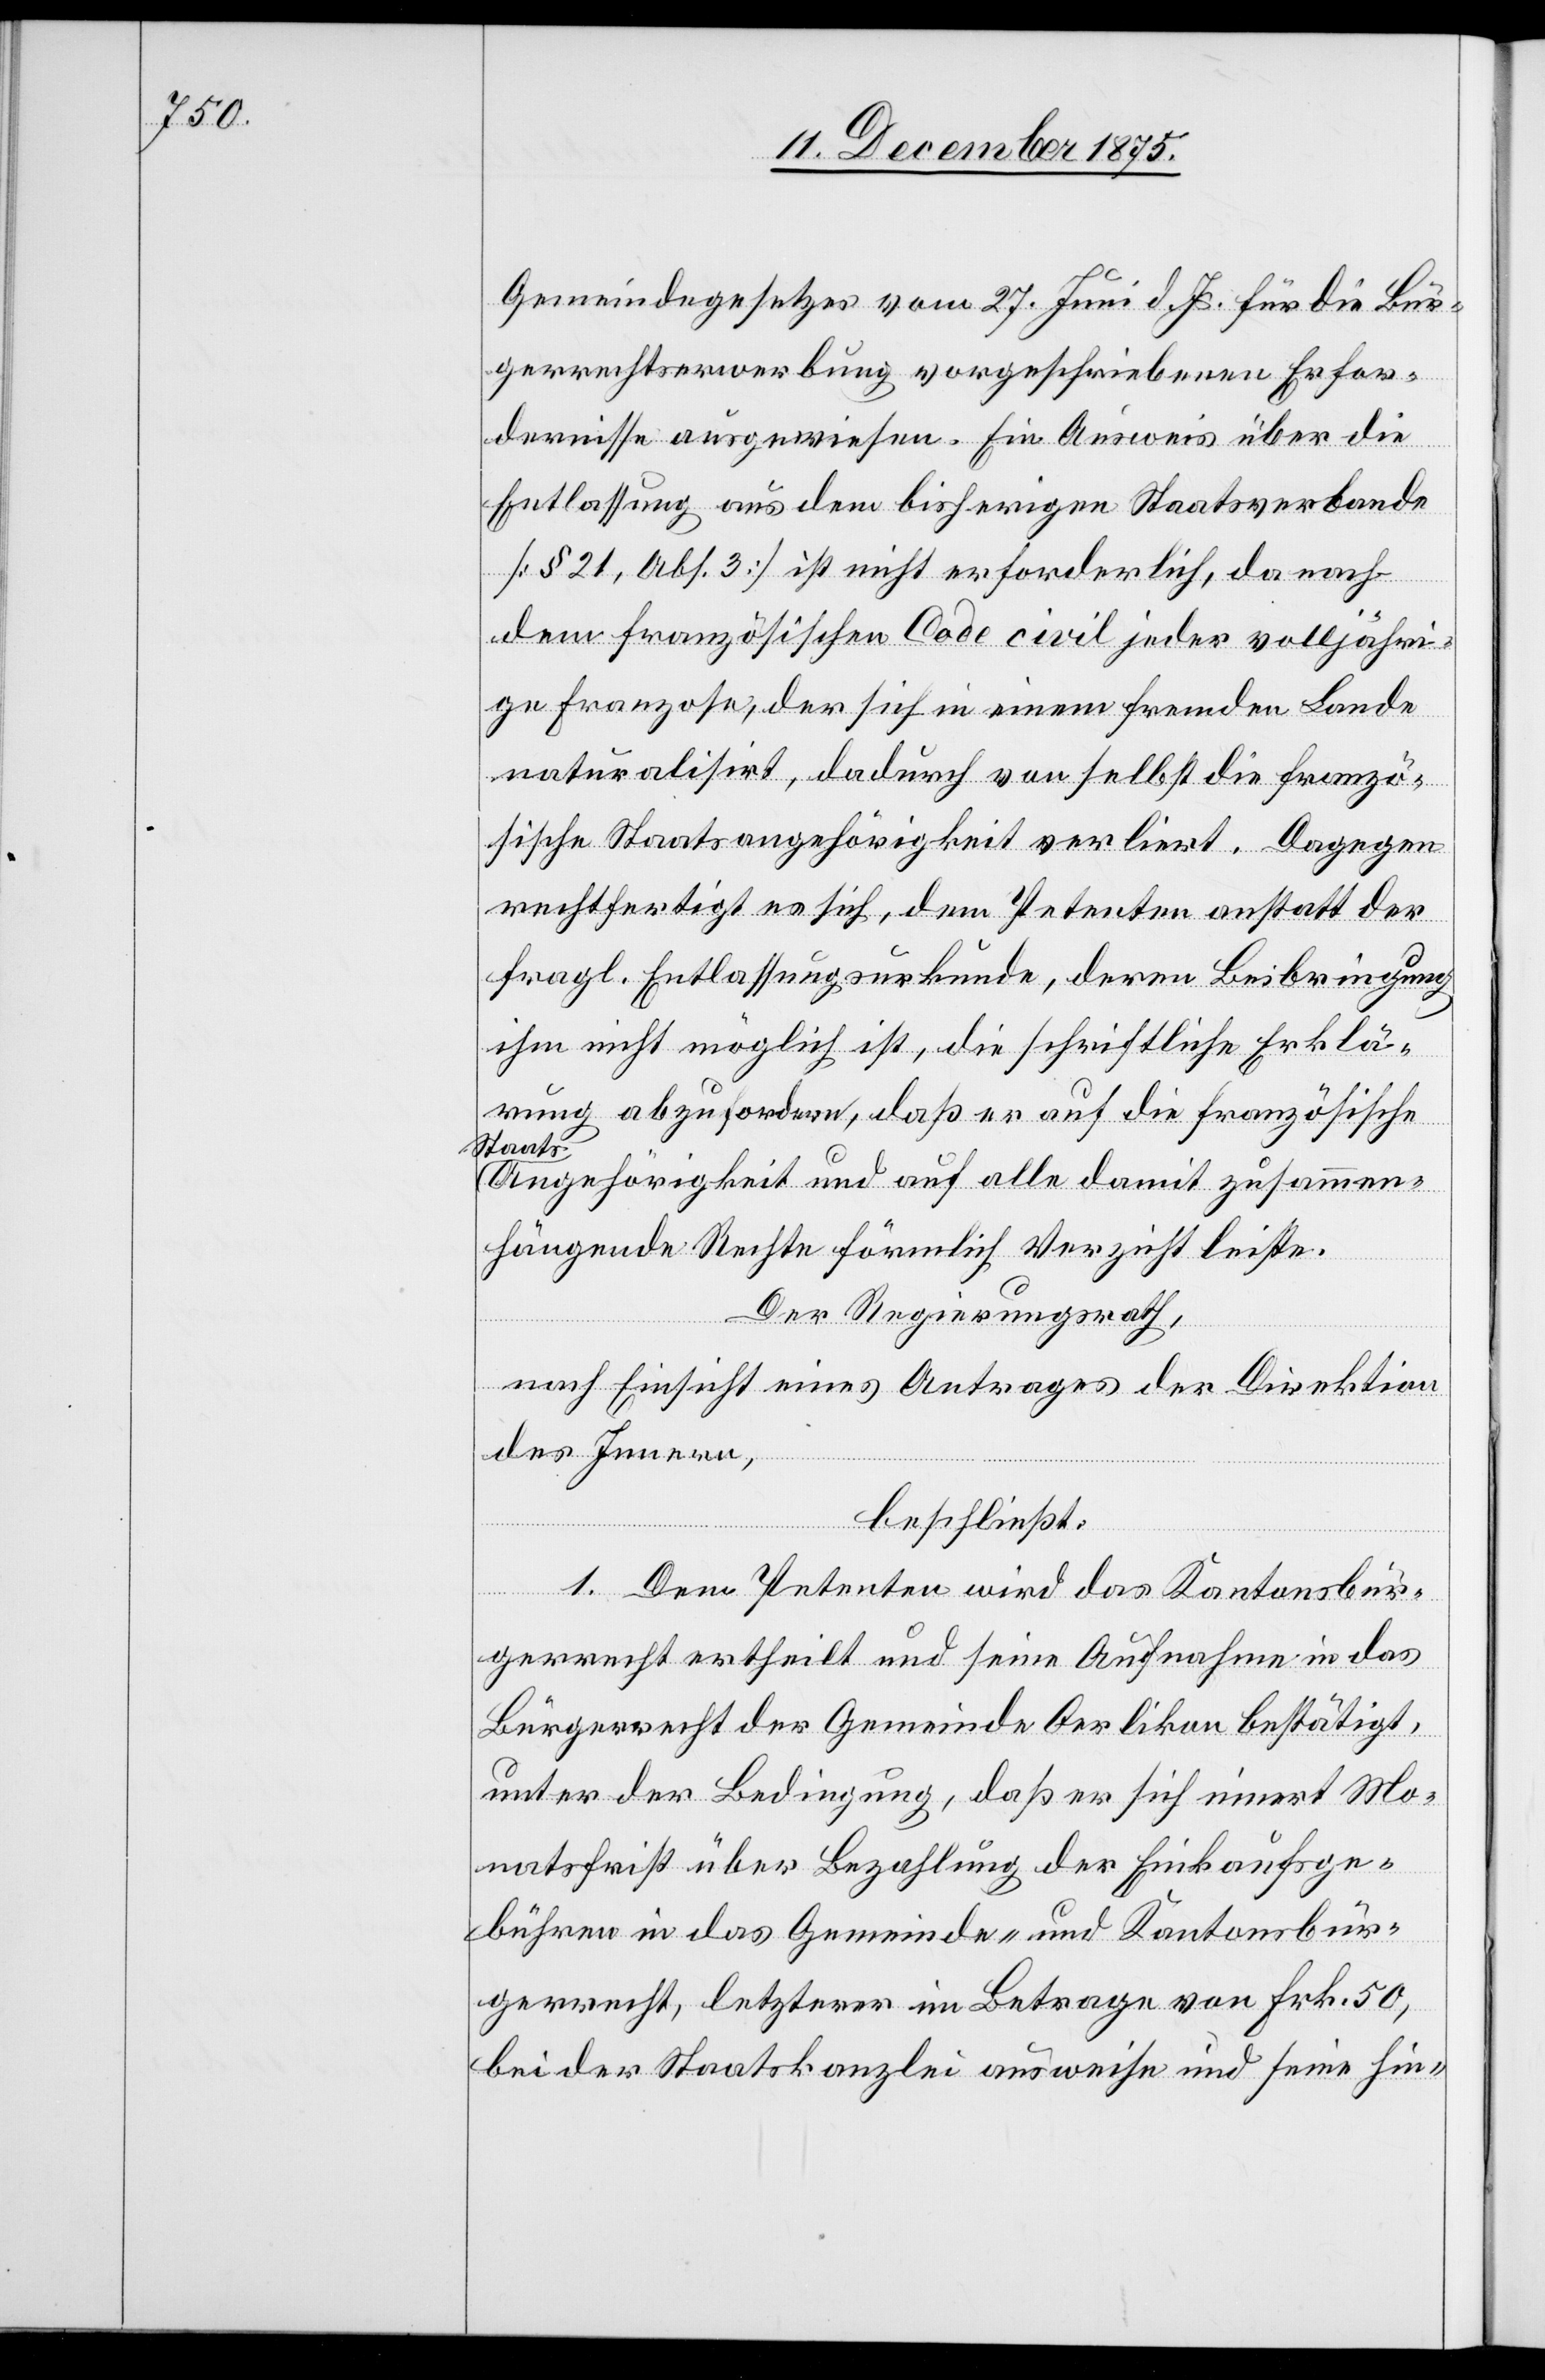
Gemeindegesetzes vom 27. Juni d. Js. für die Bür¬
gerrechtserwerbung vorgeschriebenen Erfor¬
dernisse ausgewiesen. Ein Ausweis über die
Entlassung aus dem bisherigen Staatsverbande
[§ 21, Abs. 3] ist nicht erforderlich, da nach
dem französischen Code civil jeder volljähri¬
ge Franzose, der sich in einem fremden Lande
naturalisirt, dadurch von selbst die franzö¬
sische Staatsangehörigkeit verliert. Dagegen
rechtfertigt es sich, dem Petenten anstatt der
fragl. Entlassungsurkunde, deren Beibringung
ihm nicht möglich ist, die schriftliche Erklä¬
rung abzufordern, daß er auf die französische
Staats¬
angehörigkeit und auf alle damit zusammen¬
hängenden Rechte förmlich Verzicht leiste.
Der Regierungsrath,
nach Einsicht eines Antrages der Direktion
des Innern,
beschließt:
1. Dem Petenten wird das Kantonsbür¬
gerrecht ertheilt und seine Aufnahme in das
Bürgerrecht der Gemeinde Oerlikon bestätigt,
unter der Bedingung, daß er sich innert Mo¬
natsfrist über Bezahlung der Einkaufsge¬
bühren in das Gemeinde- und Kantonsbür¬
gerrecht, letzterer im Betrage von Frk. 50,
bei der Staatskanzlei ausweise und seine hin-